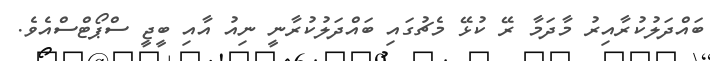
ބައްދަލުކުރާއިރު މާދަމާ ރޭ ކުޅޭ މެޗުގައި ބައްދަލުކުރާނީ ނިއު އާއި ބީޖީ ސްޕޯޓްސްއެވެ.